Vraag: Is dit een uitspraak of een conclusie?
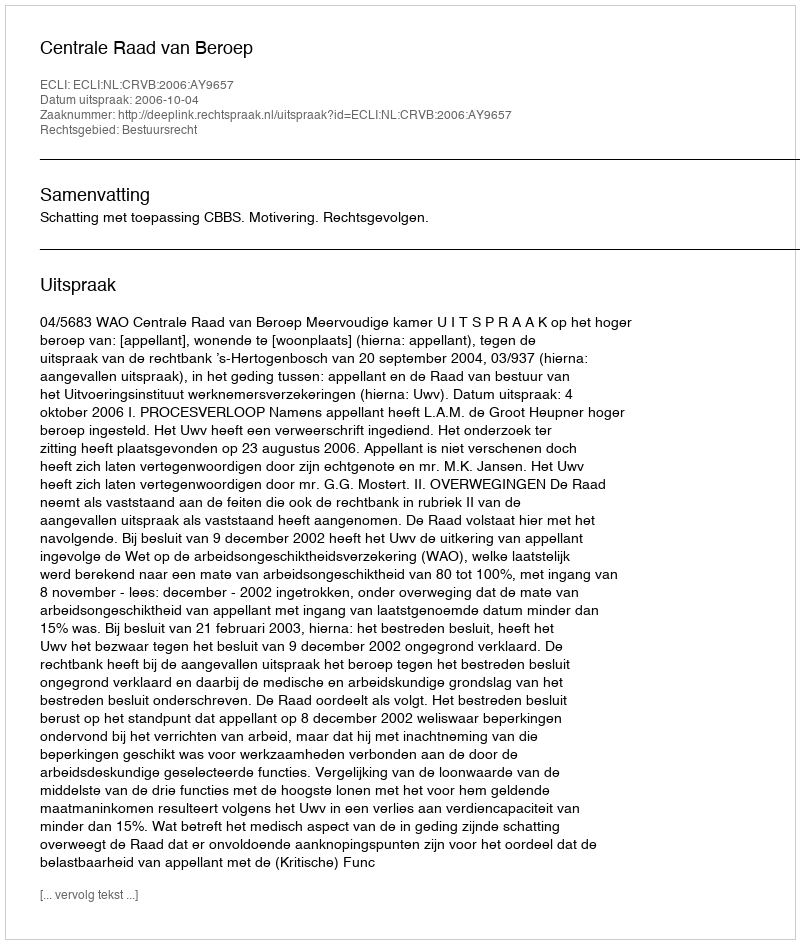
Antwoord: Uitspraak